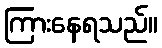
ကြားနေရသည်။